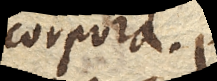
corpora